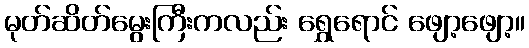
မုတ်ဆိတ်မွေးကြီးကလည်း ရွှေရောင် ဖျော့ဖျော့။